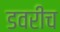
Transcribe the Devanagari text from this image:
डवरीच